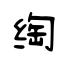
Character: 绹